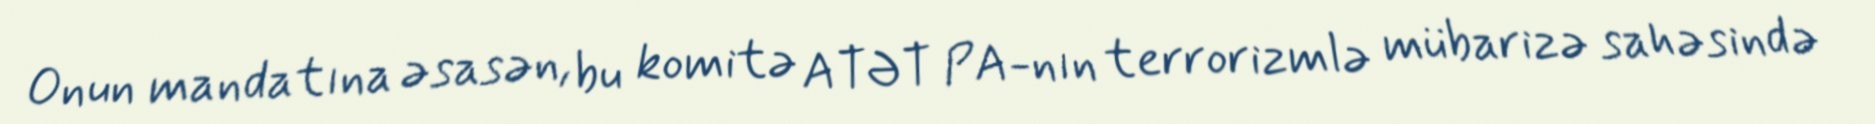
Onun mandatına əsasən, bu komitə ATƏT PA-nın terrorizmlə mübarizə sahəsində